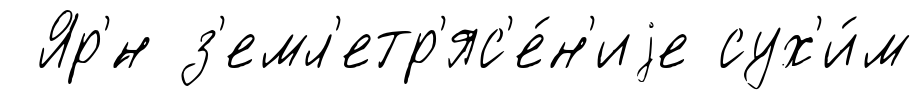
Яр'́н з'емл'етр'яс'е́н'иjе сух'и́м